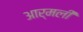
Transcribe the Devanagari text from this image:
आर्मली